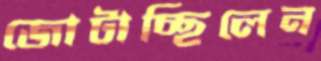
জোটাচ্ছিলেন